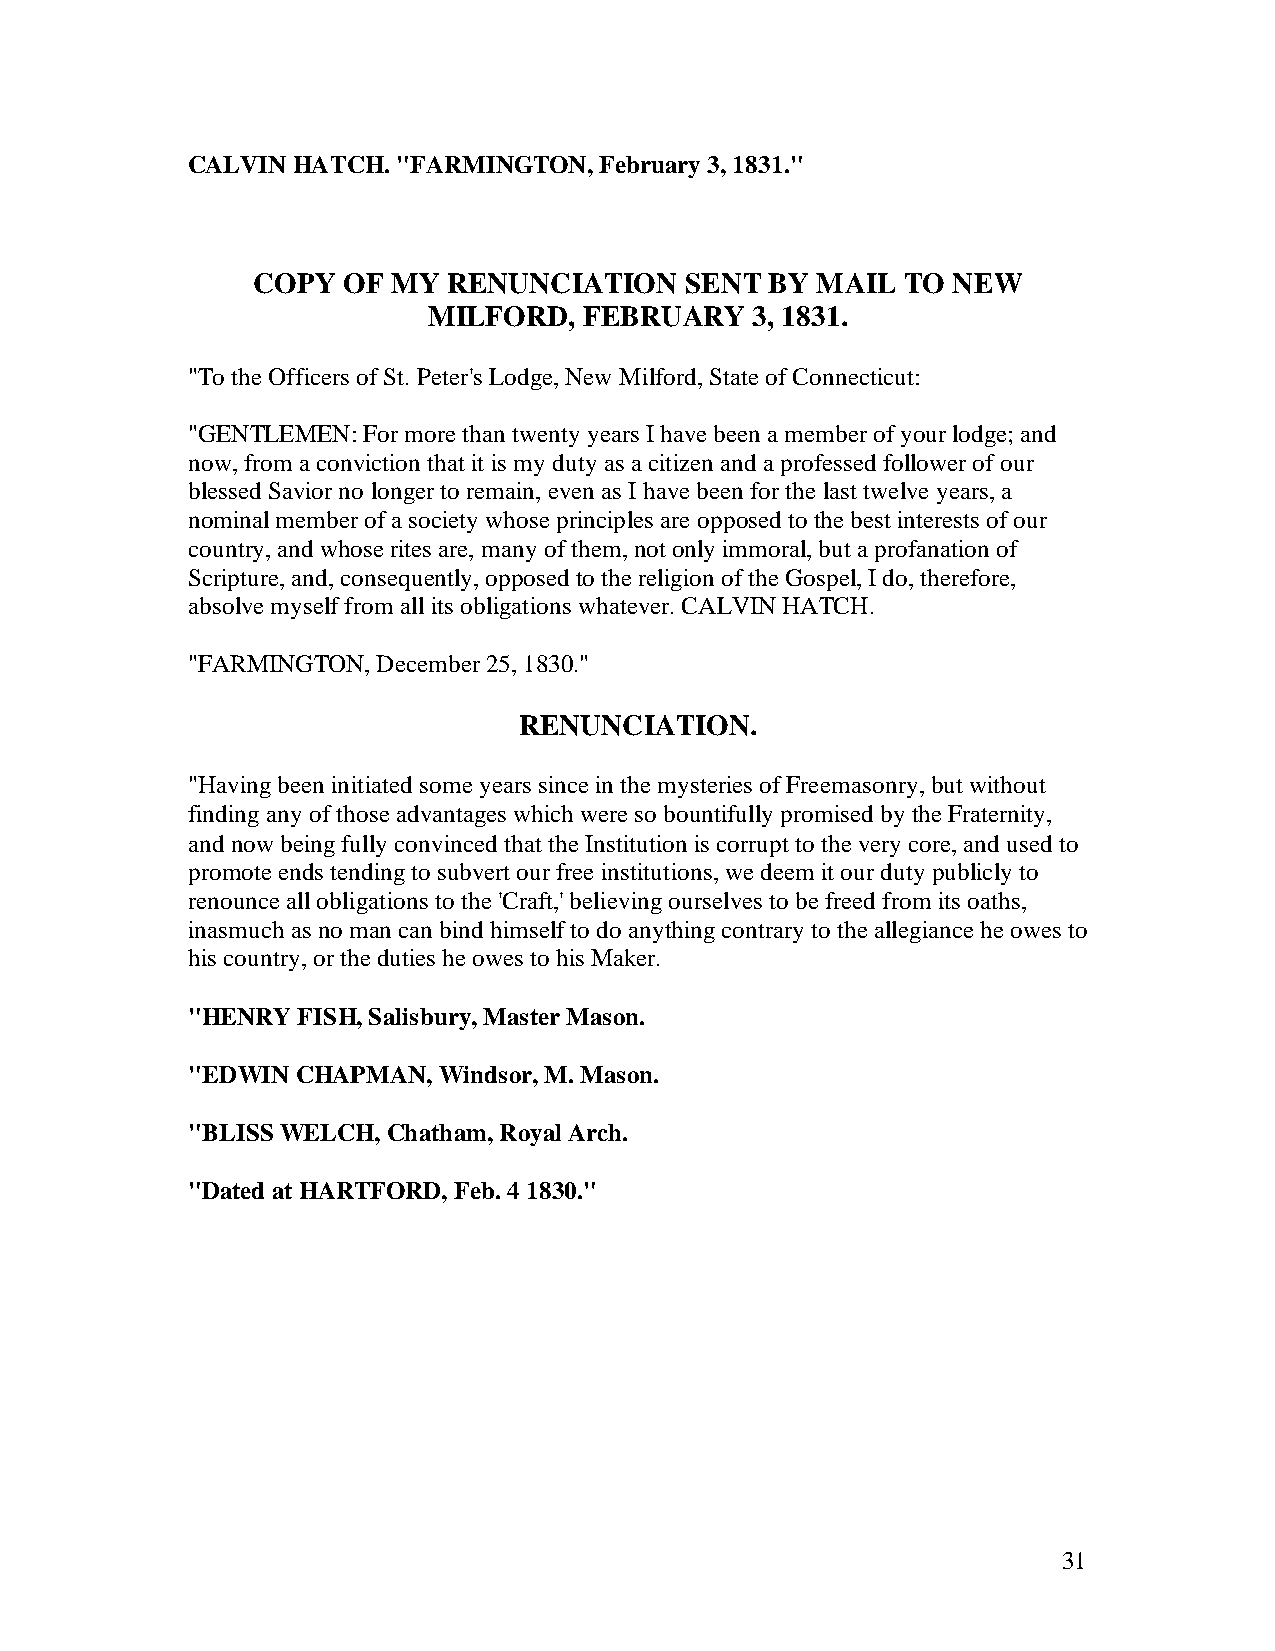
CALVIN HATCH. "FARMINGTON,  February 3, 1831."
 COPY  OF MY  RENUNCIATION   SENT  BY MAIL  TO NEW
 MILFORD,   FEBRUARY   3, 1831.
 "To the Officers of St. Peter's Lodge, New Milford, State of Connecticut:
 "GENTLEMEN: For more than twenty years I have been a member of your lodge; and
 now, from a conviction that it is my duty as a citizen and a professed follower of our
 blessed Savior no longer to remain, even as I have been for the last twelve years, a
 nominal member of a society whose principles are opposed to the best interests of our
 country, and whose rites are, many of them, not only immoral, but a profanation of
 Scripture, and, consequently, opposed to the religion of the Gospel, I do, therefore,
 absolve myself from all its obligations whatever. CALVIN HATCH.
 "FARMINGTON, December 25, 1830."
 RENUNCIATION.
 "Having been initiated some years since in the mysteries of Freemasonry, but without
 finding any of those advantages which were so bountifully promised by the Fraternity,
 and now being fully convinced that the Institution is corrupt to the very core, and used to
 promote ends tending to subvert our free institutions, we deem it our duty publicly to
 renounce all obligations to the 'Craft,' believing ourselves to be freed from its oaths,
 inasmuch as no man can bind himself to do anything contrary to the allegiance he owes to
 his country, or the duties he owes to his Maker.
 "HENRY  FISH, Salisbury, Master Mason.
 "EDWIN  CHAPMAN, Windsor, M. Mason.
 "BLISS WELCH, Chatham, Royal Arch.
 "Dated at HARTFORD, Feb. 4 1830."
 31